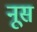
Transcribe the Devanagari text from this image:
नूस